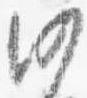
沙